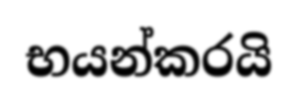
භයන්කරයි